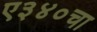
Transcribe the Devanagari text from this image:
ए३४०चा